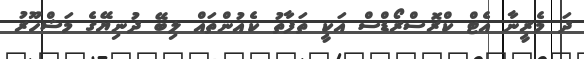
ދަ މެރީނާ އެޓް ކްރޮސްރޯޑްސް އަކީ ތަފާތު ކެއުންތައް ލިބޭ ދުނިޔޭގެ މަޝްހޫރު